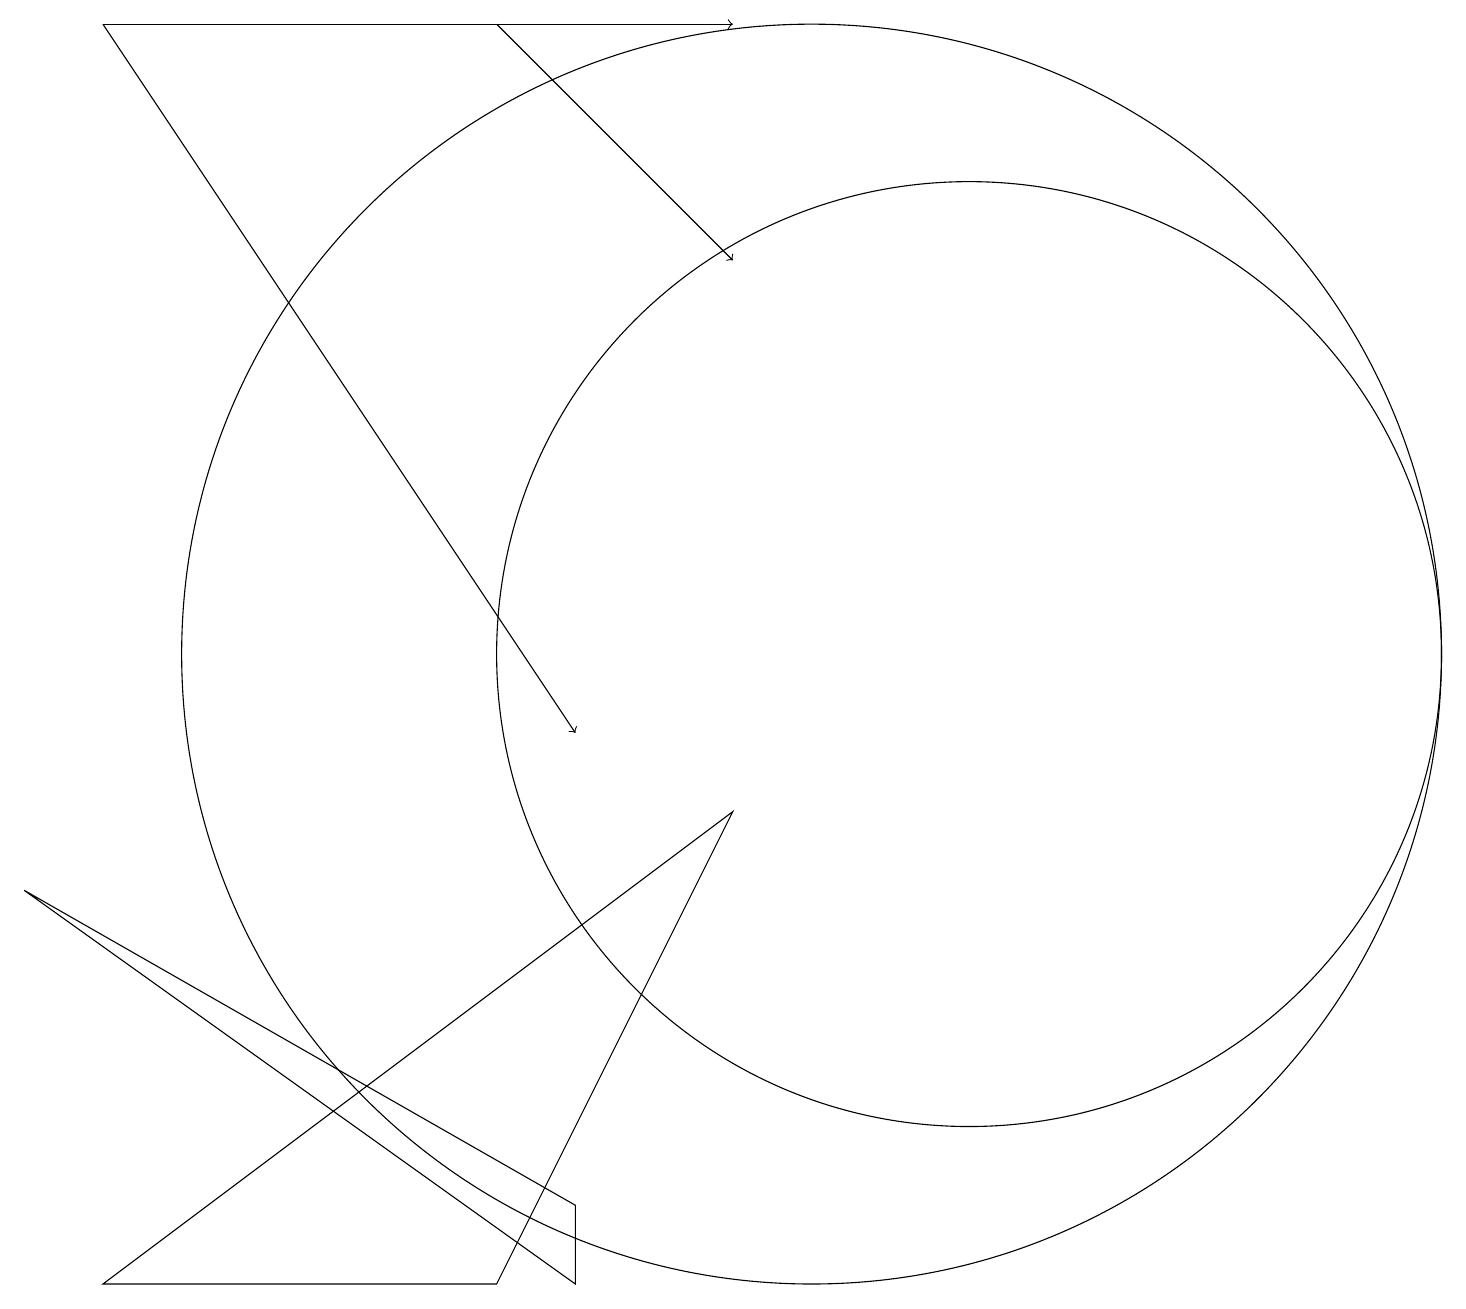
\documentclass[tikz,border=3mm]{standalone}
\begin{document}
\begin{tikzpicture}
\draw[->] (1,19) -- (7,10);
\draw (6,3) -- (9,9) -- (1,3) -- cycle;
\draw (12,11) circle (6);
\draw[->] (6,19) -- (9,16);
\draw (7,4) -- (7,3) -- (0,8) -- cycle;
\draw (10,11) circle (8);
\draw[->] (1,19) -- (9,19);
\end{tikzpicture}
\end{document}